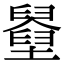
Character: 𡓓